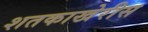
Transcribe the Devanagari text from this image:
शतकाखेरीस